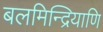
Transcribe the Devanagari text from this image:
बलमिन्द्रियाणि